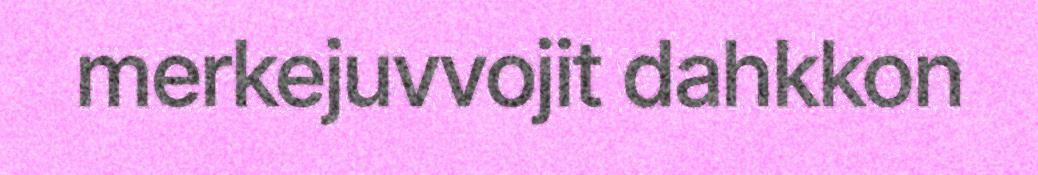
merkejuvvojit dahkkon